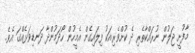
މާފުށީ ޖަލުން ނުރައްކާތެރި ދެ ކުށްވެރިއަކު ފިލައިގެން އެމީހުން ހޯދަމުންދާ ދަނޑިވަޅެއްގަ އެވެ.